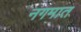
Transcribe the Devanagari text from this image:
नगमात